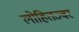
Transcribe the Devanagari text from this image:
लोहितज्वर